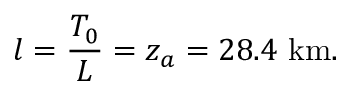
l = { \frac { T _ { 0 } } { L } } = z _ { a } = 2 8 . 4 \mathrm { \ k m } .